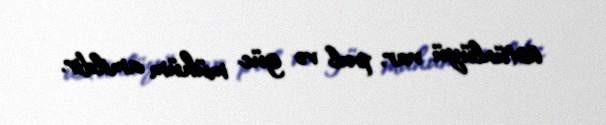
üstünlüyü var, pul və güc mühüm amildir.